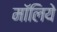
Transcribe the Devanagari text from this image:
मॉलिये